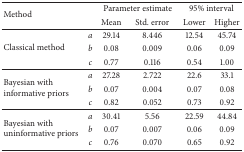
<table><thead><tr><td rowspan="2"><b>Method</b></td><td><b> </b></td><td colspan="2"><b>Parameter estimate</b></td><td colspan="2"><b>95% interval</b></td></tr><tr><td><b> </b></td><td><b>Mean</b></td><td><b>Std. error</b></td><td><b>Lower</b></td><td><b>Higher</b></td></tr></thead><tbody><tr><td rowspan="3">Classical method</td><td><i>a </i></td><td>29.14</td><td>8.446</td><td>12.54</td><td>45.74</td></tr><tr><td><i>b </i></td><td>0.08</td><td>0.009</td><td>0.06</td><td>0.09</td></tr><tr><td><i>c </i></td><td>0.77</td><td>0.116</td><td>0.54</td><td>1.00</td></tr><tr><td rowspan="3">Bayesian with informative priors</td><td><i>a </i></td><td>27.28</td><td>2.722</td><td>22.6</td><td>33.1</td></tr><tr><td><i>b </i></td><td>0.07</td><td>0.004</td><td>0.07</td><td>0.08</td></tr><tr><td><i>c </i></td><td>0.82</td><td>0.052</td><td>0.73</td><td>0.92</td></tr><tr><td rowspan="3">Bayesian with uninformative priors</td><td><i>a </i></td><td>30.41</td><td>5.56</td><td>22.59</td><td>44.84</td></tr><tr><td><i>b </i></td><td>0.07</td><td>0.007</td><td>0.06</td><td>0.09</td></tr><tr><td><i>c </i></td><td>0.76</td><td>0.070</td><td>0.65</td><td>0.92</td></tr></tbody></table>